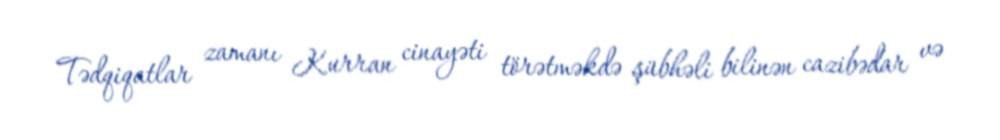
Tədqiqatlar zamanı Kurran cinayəti törətməkdə şübhəli bilinən cazibədar və